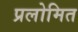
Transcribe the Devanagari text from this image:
प्रलोमित